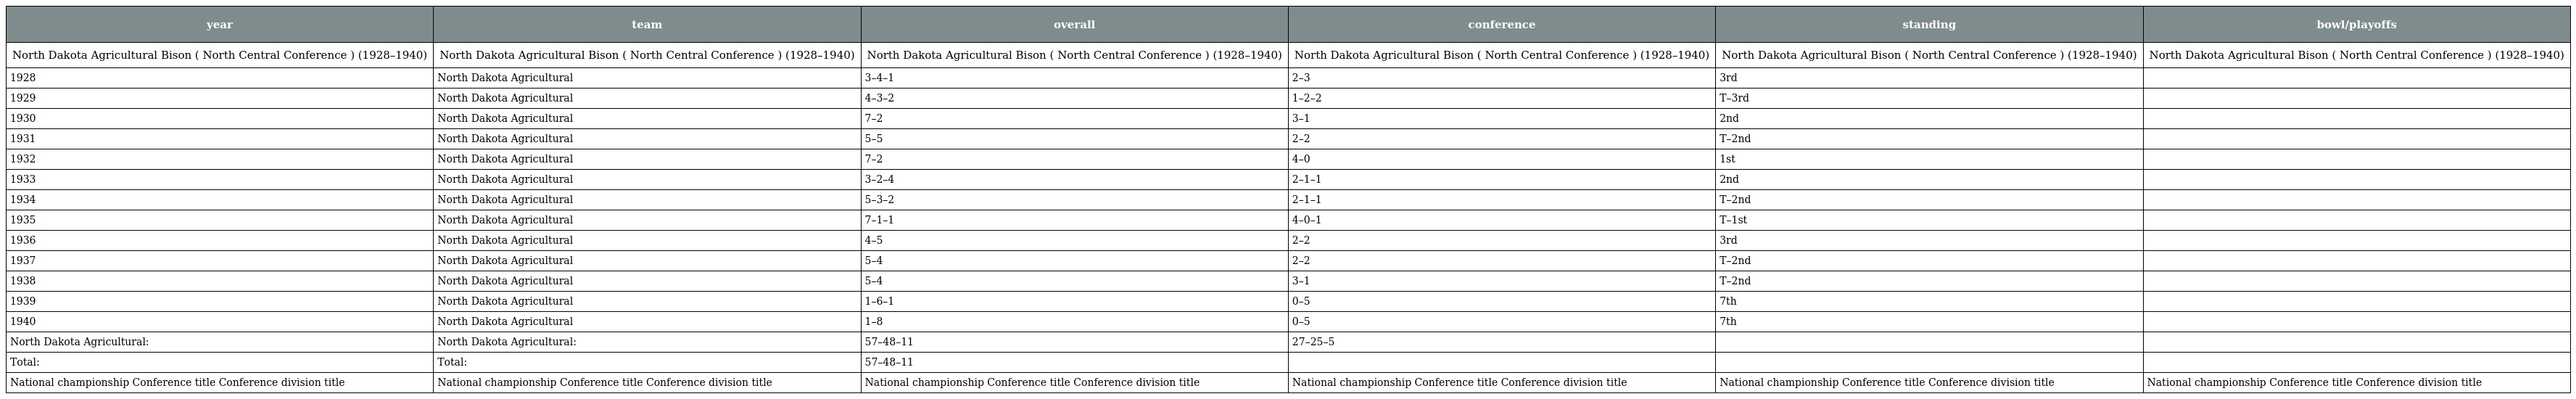
| year | team | overall | conference | standing | bowl/playoffs |
 | --- | --- | --- | --- | --- | --- |
 | North Dakota Agricultural Bison ( North Central Conference ) (1928–1940) | North Dakota Agricultural Bison ( North Central Conference ) (1928–1940) | North Dakota Agricultural Bison ( North Central Conference ) (1928–1940) | North Dakota Agricultural Bison ( North Central Conference ) (1928–1940) | North Dakota Agricultural Bison ( North Central Conference ) (1928–1940) | North Dakota Agricultural Bison ( North Central Conference ) (1928–1940) |
 | 1928 | North Dakota Agricultural | 3–4–1 | 2–3 | 3rd |  |
 | 1929 | North Dakota Agricultural | 4–3–2 | 1–2–2 | T–3rd |  |
 | 1930 | North Dakota Agricultural | 7–2 | 3–1 | 2nd |  |
 | 1931 | North Dakota Agricultural | 5–5 | 2–2 | T–2nd |  |
 | 1932 | North Dakota Agricultural | 7–2 | 4–0 | 1st |  |
 | 1933 | North Dakota Agricultural | 3–2–4 | 2–1–1 | 2nd |  |
 | 1934 | North Dakota Agricultural | 5–3–2 | 2–1–1 | T–2nd |  |
 | 1935 | North Dakota Agricultural | 7–1–1 | 4–0–1 | T–1st |  |
 | 1936 | North Dakota Agricultural | 4–5 | 2–2 | 3rd |  |
 | 1937 | North Dakota Agricultural | 5–4 | 2–2 | T–2nd |  |
 | 1938 | North Dakota Agricultural | 5–4 | 3–1 | T–2nd |  |
 | 1939 | North Dakota Agricultural | 1–6–1 | 0–5 | 7th |  |
 | 1940 | North Dakota Agricultural | 1–8 | 0–5 | 7th |  |
 | North Dakota Agricultural: | North Dakota Agricultural: | 57–48–11 | 27–25–5 |  |  |
 | Total: | Total: | 57–48–11 |  |  |  |
 | National championship Conference title Conference division title | National championship Conference title Conference division title | National championship Conference title Conference division title | National championship Conference title Conference division title | National championship Conference title Conference division title | National championship Conference title Conference division title |